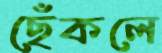
ছেঁকলে